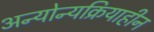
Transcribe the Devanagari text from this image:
अन्योन्यक्रियाहीन